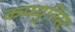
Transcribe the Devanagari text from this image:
कम्प्युनिस्ट